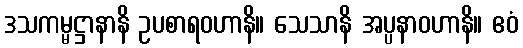
ဒသကမ္မဋ္ဌာနာနိ ဥပစာရဝဟာနိ။ သေသာနိ အပ္ပနာဝဟာနိ။ ဧဝံ